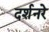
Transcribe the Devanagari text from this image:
दर्शनरे